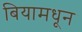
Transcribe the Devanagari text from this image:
बियामधून